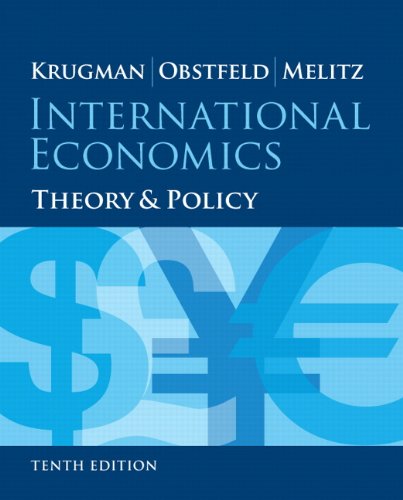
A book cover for International Economics: Theory and Policy (10th Edition) (Pearson Series in Economics); Paul R. Krugman; Business & Money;